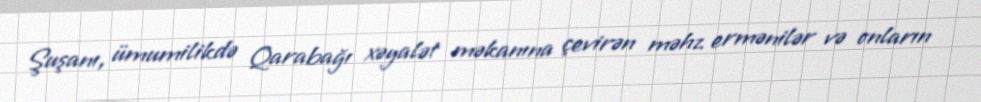
Şuşanı, ümumilikdə Qarabağı xəyalət məkanına çevirən məhz ermənilər və onların